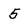
Character: 5